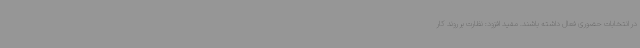
در انتخابات حضوری فعال داشته باشند. مفید افزود: نظارت بر روند کار